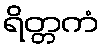
ရိတ္တကံ